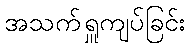
အသက်ရှူကျပ်ခြင်း